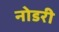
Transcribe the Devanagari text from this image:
नोडरी